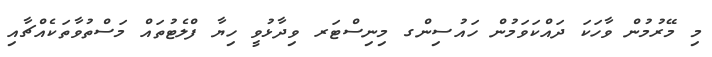
މި މޭރުމުން ވާހަކަ ދައްކަވަމުން ހައުސިންގ މިނިސްޓަރ ވިދާޅުވީ ހިޔާ ފްލެޓުތައް މަސްތުވާތަކެއްޗާއި